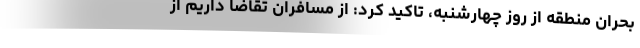
بحران منطقه از روز چهارشنبه، تاکید کرد: از مسافران تقاضا داریم از